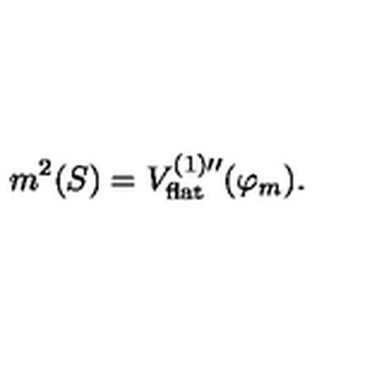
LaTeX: m ^ { 2 } ( S ) = V _ { \mathrm { \scriptsize f l a t } } ^ { ( 1 ) \prime \prime } ( \varphi _ { m } ) .